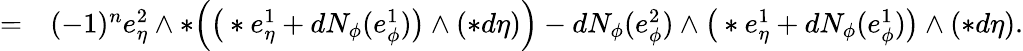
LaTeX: \begin{array}{rl}{=}&{{}(-1)^{n}e_{\eta}^{2}\wedge\ast\Big(\big(\ast e_{\eta}^{1}+dN_{\phi}(e_{\phi}^{1})\big)\wedge(\ast d\eta)\Big)-dN_{\phi}(e_{\phi}^{2})\wedge\big(\ast e_{\eta}^{1}+dN_{\phi}(e_{\phi}^{1})\big)\wedge(\ast d\eta).}\end{array}